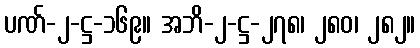
ပဏ်-၂-ဋ္ဌ-၁၆၉။ အဘိ-၂-ဋ္ဌ-၂၇၈၊ ၂၈၀၊ ၂၈၂။